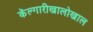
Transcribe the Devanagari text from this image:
कॅल्गारीखालोखाल